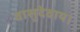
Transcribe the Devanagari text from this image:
वासुदेवाय।